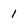
Character: 1